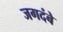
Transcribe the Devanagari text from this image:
जगदंबे